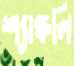
শ্যাঙ্কলি